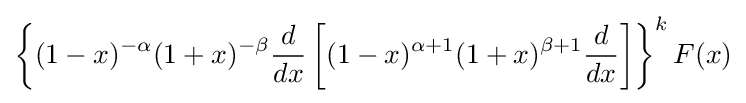
\left\{(1-x)^{-\alpha }(1+x)^{-\beta }{\frac {d}{dx}}\left[(1-x)^{\alpha +1}(1+x)^{\beta +1}{\frac {d}{dx}}\right]\right\}^{k}F(x)